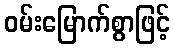
ဝမ်းမြောက်စွာဖြင့်